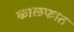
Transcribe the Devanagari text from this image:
काळफात